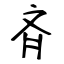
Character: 斉